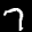
Label: 7